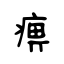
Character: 痹